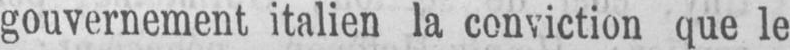
gouvernement italien la conviction que le